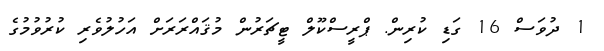
1 ދުވަސް 16 ގަޑި ކުރިން. ޕްރީސްކޫލް ޓީޗަރުން މުޤައްރަރަށް އަހުލުވެރި ކުރުވުމުގެ